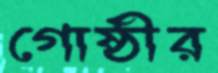
গোষ্ঠীর